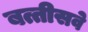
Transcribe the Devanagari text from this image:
बत्तीसवे